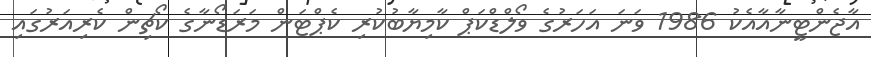
އާޖެންޓީނާއާއެކު 1986 ވަނަ އަހަރުގެ ވޯލްޑްކަޕް ކާމިޔާބުކުރި ކެޕްޓަން މަރަޑޯނާގެ ކޯޗިން ކެރިއަރުގައި